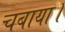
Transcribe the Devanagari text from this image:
चबाया।